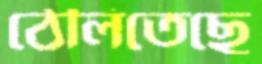
ঠেলিতেছে